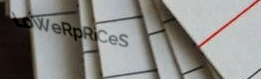
LoWeRpRiCeS